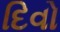
દિવો